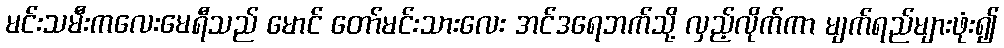
မင်းသမီးကလေးမေရီသည် မောင် တော်မင်းသားလေး အင်ဒရေဘက်သို့ လှည့်လိုက်ကာ မျက်ရည်များဖုံး၍